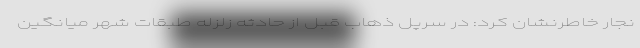
نجار خاطرنشان کرد: در سرپل ذهاب قبل از حادثه زلزله طبقات شهر میانگین